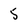
Character: 5